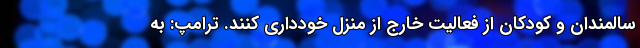
سالمندان و کودکان از فعالیت خارج از منزل خودداری کنند. ترامپ: به